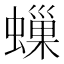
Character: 𧑀